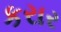
કરાર